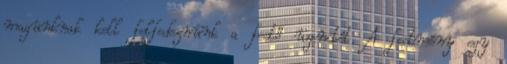
magunknak kell felfedeznünk a festő üzenetét. A festmény egy